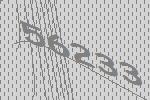
56233